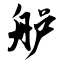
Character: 舻